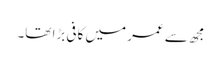
مجھ سے عمر میں کافی بڑا تھا۔